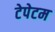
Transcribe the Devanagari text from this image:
टेपेटम